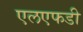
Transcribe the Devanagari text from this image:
एलएफडी